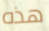
هذه